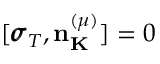
[ { \pmb \sigma } _ { T } , { \bf n } _ { \bf K } ^ { ( \mu ) } ] = 0